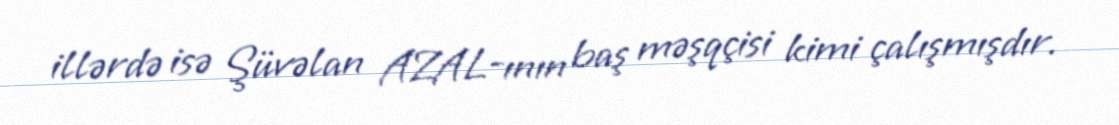
illərdə isə Şüvəlan AZAL-ının baş məşqçisi kimi çalışmışdır.